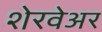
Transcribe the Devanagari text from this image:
शेरवेअर